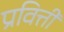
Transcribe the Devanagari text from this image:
प्रवित्ती